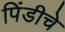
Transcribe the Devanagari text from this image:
पिंडीचे